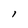
Character: l